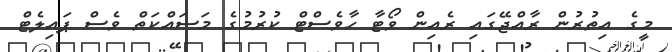
މީގެ އިތުރުން ރާއްޖޭގައި ރެއިން ވޯޓާ ހާވެސްޓް ކުރުމުގެ މަސައްކަތް ވެސް ޕައިލެޓް